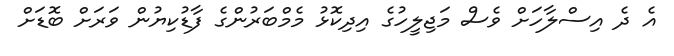
އެ ދެ އިސްލާހަށް ވެސް މަޖިލީހުގެ އިދިކޮޅު މެމްބަރުންގެ ފާޑުކިޔުން ވަރަށް ބޮޑަށް